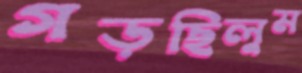
গড়ছিলুম